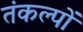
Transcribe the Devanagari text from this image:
तंकल्पों